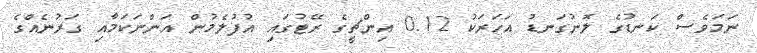
ނަމަވެސް ކަނޑުގެ ލޮނުގަނޑު އަހަރަކު 0.12 އިންޗީގެ ރޭޓުގައި އުފުލެމުން އަންނަކަމާއި ގަރުނެއްގެ